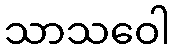
သာသဝေါ